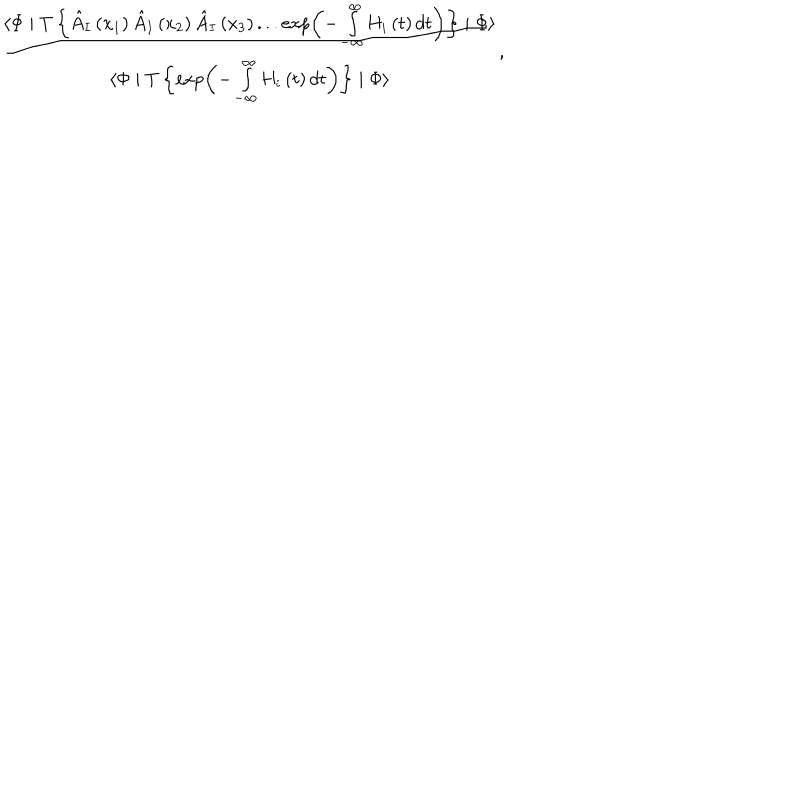
\frac { \langle \Phi \mid T \left\{ \hat { A } _ { I } \left( x _ { 1 } \right) \hat { A } _ { I } \left( x _ { 2 } \right) \hat { A } _ { I } \left( x _ { 3 } \right) . . . \exp \left( - \int _ { - \infty } ^ { \infty } H _ { i } \left( t \right) d t \right) \right\} \mid \Phi \rangle } { \langle \Phi \mid T \left\{ \exp \left( - \int _ { - \infty } ^ { \infty } H _ { i } \left( t \right) d t \right) \right\} \mid \Phi \rangle } ,